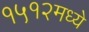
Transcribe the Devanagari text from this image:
१५१२मध्ये